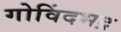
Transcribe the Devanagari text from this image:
गोविंदभद्र